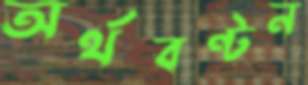
অর্থবণ্টন